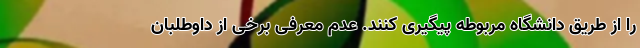
را از طریق دانشگاه مربوطه پیگیری کنند. عدم معرفی برخی از داوطلبان